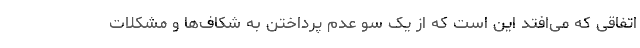
اتفاقی که می‌افتد این است که از یک سو عدم پرداختن به شکاف‌ها و مشکلات